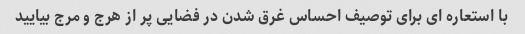
با استعاره ای برای توصیف احساس غرق شدن در فضایی پر از هرج و مرج بیایید